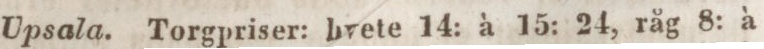
Upsala. Torgpriser: hvete 14: à 15: 24, råg 8: à